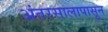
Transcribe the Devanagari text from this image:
अंतरसालापासून